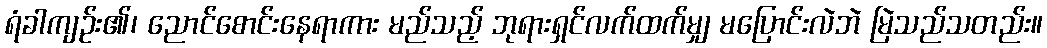
ရံခါကျဉ်း၏၊ ညောင်စောင်းနေရာကား မည်သည့် ဘုရားရှင်လက်ထက်မျှ မပြောင်းလဲဘဲ မြဲသည်သတည်း။